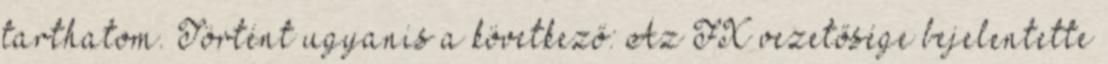
tarthatom. Történt ugyanis a következő: Az FX vezetősége bejelentette